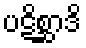
ပဋိစ္ဆာဒိ